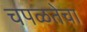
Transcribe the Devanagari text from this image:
चपळतेचा